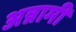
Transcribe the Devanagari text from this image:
अन्नामी